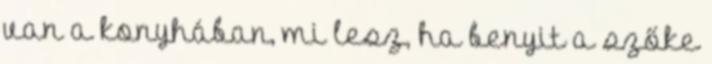
van a konyhában, mi lesz, ha benyit a szőke